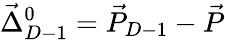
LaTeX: \vec{\Delta}_{D-1}^{0}=\vec{P}_{D-1}-\vec{P}